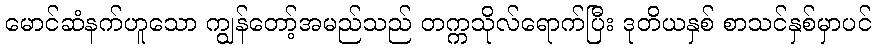
မောင်ဆံနက်ဟူသော ကျွန်တော့်အမည်သည် တက္ကသိုလ်ရောက်ပြီး ဒုတိယနှစ် စာသင်နှစ်မှာပင်